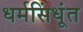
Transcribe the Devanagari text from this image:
धर्मसिंधूंत